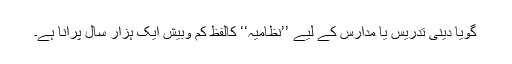
گویا دینی تدریس یا مدارس کے لیے ’’نظامیہ‘‘ کالفظ کم وبیش ایک ہزار سال پرانا ہے۔